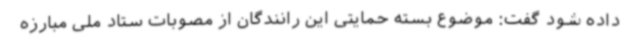
داده شود گفت: موضوع بسته حمایتی این رانندگان از مصوبات ستاد ملی مبارزه